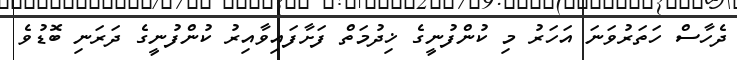
ދެހާސް ހަތަރުވަނަ އަހަރު މި ކުންފުނީގެ ޚިދުމަތް ފަށާފައިވާއިރު ކުންފުނީގެ ދަރަނި ބޮޑުވެ